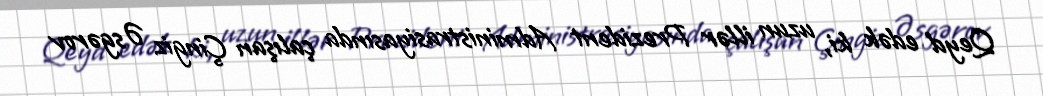
Qeyd edək ki, uzun illər Prezident Administrasiyasında çalışan Çingiz Əsgərov